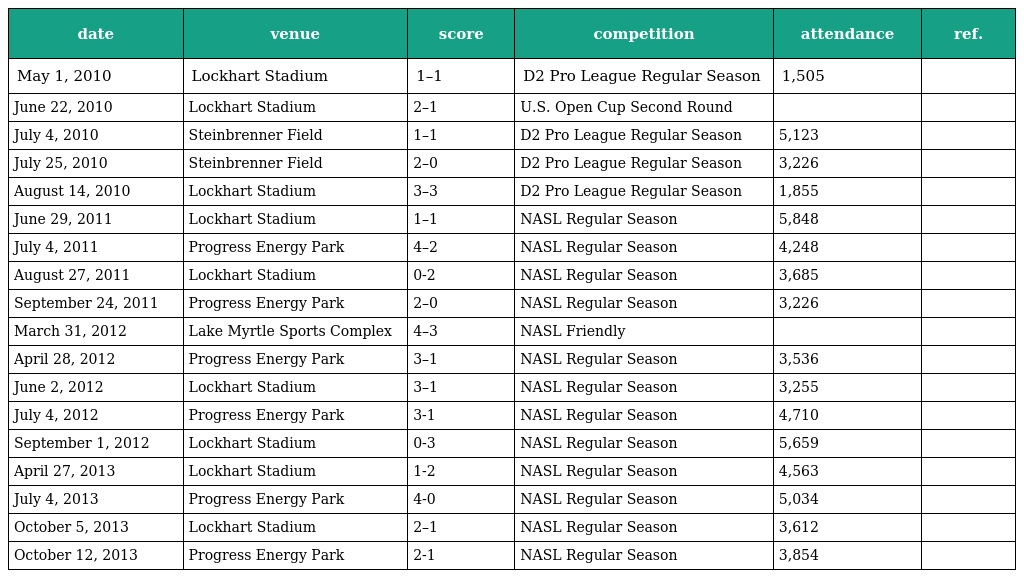
| date | venue | score | competition | attendance | ref. |
 | --- | --- | --- | --- | --- | --- |
 | May 1, 2010 | Lockhart Stadium | 1–1 | D2 Pro League Regular Season | 1,505 |  |
 | June 22, 2010 | Lockhart Stadium | 2–1 | U.S. Open Cup Second Round |  |  |
 | July 4, 2010 | Steinbrenner Field | 1–1 | D2 Pro League Regular Season | 5,123 |  |
 | July 25, 2010 | Steinbrenner Field | 2–0 | D2 Pro League Regular Season | 3,226 |  |
 | August 14, 2010 | Lockhart Stadium | 3–3 | D2 Pro League Regular Season | 1,855 |  |
 | June 29, 2011 | Lockhart Stadium | 1–1 | NASL Regular Season | 5,848 |  |
 | July 4, 2011 | Progress Energy Park | 4–2 | NASL Regular Season | 4,248 |  |
 | August 27, 2011 | Lockhart Stadium | 0-2 | NASL Regular Season | 3,685 |  |
 | September 24, 2011 | Progress Energy Park | 2–0 | NASL Regular Season | 3,226 |  |
 | March 31, 2012 | Lake Myrtle Sports Complex | 4–3 | NASL Friendly |  |  |
 | April 28, 2012 | Progress Energy Park | 3–1 | NASL Regular Season | 3,536 |  |
 | June 2, 2012 | Lockhart Stadium | 3–1 | NASL Regular Season | 3,255 |  |
 | July 4, 2012 | Progress Energy Park | 3-1 | NASL Regular Season | 4,710 |  |
 | September 1, 2012 | Lockhart Stadium | 0-3 | NASL Regular Season | 5,659 |  |
 | April 27, 2013 | Lockhart Stadium | 1-2 | NASL Regular Season | 4,563 |  |
 | July 4, 2013 | Progress Energy Park | 4-0 | NASL Regular Season | 5,034 |  |
 | October 5, 2013 | Lockhart Stadium | 2–1 | NASL Regular Season | 3,612 |  |
 | October 12, 2013 | Progress Energy Park | 2-1 | NASL Regular Season | 3,854 |  |